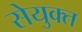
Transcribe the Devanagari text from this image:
सेयुक्त